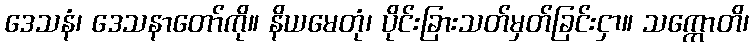
ဒေသနံ၊ ဒေသနာတော်ကို။ နိယမေတုံ၊ ပိုင်းခြားသတ်မှတ်ခြင်းငှာ။ သက္ကောတိ၊